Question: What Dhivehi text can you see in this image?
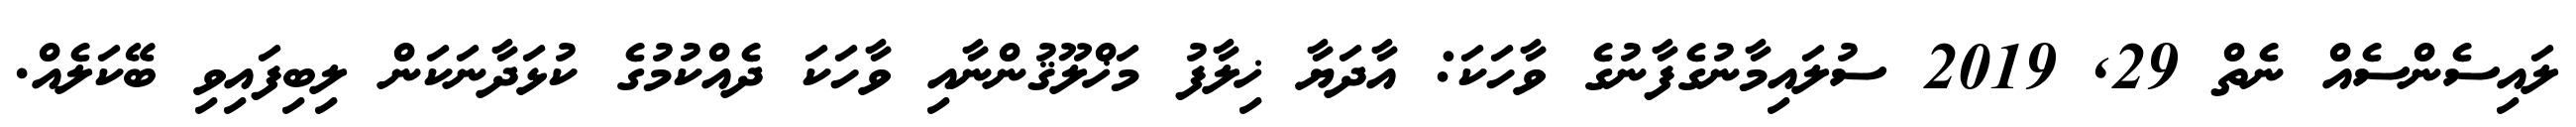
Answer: ލައިސެންސެއް ނެތް 29, 2019 ސުލައިމާނުގެފާނުގެ ވާހަކަ: އާދަޔާ ޚިލާފު މަޚްލޫޤުންނާއި ވާހަކަ ދެއްކުމުގެ ކުޅަދާނަކަން ލިބިފައިވި ބޭކަލެއް.